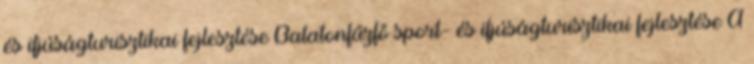
és ifjúságturisztikai fejlesztése Balatonfűzfő sport- és ifjúságturisztikai fejlesztése A